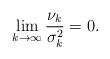
LaTeX: \begin{align*}\lim_{k \to \infty}\frac{\nu_k}{\sigma^2_k} = 0. \end{align*}